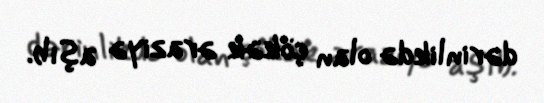
dərinlikdə olan çökək əraziyə aşıb.